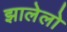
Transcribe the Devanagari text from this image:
झालेलो